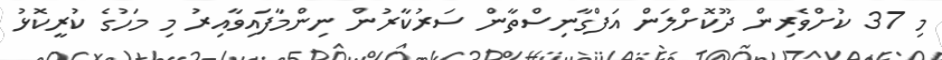
މި 37 ކުށްވެރިން ދޫކޮށްލަން އަފްގާނިސްތާން ސަރުކާރުން ނިންމާފައިވާއިރު މި މަހުގެ ކުރީކޮޅު